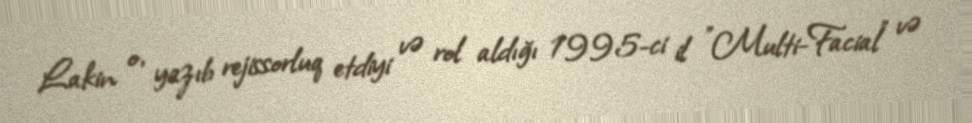
Lakin o, yazıb rejissorluq etdiyi və rol aldığı 1995-ci il "Multi-Facial" və